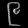
Digit: ၉